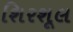
શિરશૂલ